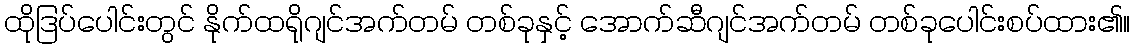
ထိုဒြပ်ပေါင်းတွင် နိုက်ထရိုဂျင်အက်တမ် တစ်ခုနှင့် အောက်ဆီဂျင်အက်တမ် တစ်ခုပေါင်းစပ်ထား၏။